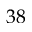
3 8